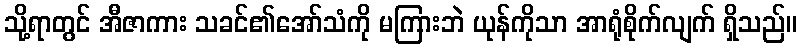
သို့ရာတွင် အီဇာကား သခင်၏အော်သံကို မကြားဘဲ ယုန်ကိုသာ အာရုံစိုက်လျက် ရှိသည်။